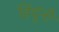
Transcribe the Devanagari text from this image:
हिंदुंनी